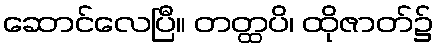
ဆောင်လေပြီ။ တတ္ထပိ၊ ထိုဇာတ်၌